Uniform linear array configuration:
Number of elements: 12
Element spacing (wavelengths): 0.5
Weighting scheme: cosine
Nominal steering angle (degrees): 45
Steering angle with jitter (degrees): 45.741
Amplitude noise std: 0.05
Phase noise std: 0.05

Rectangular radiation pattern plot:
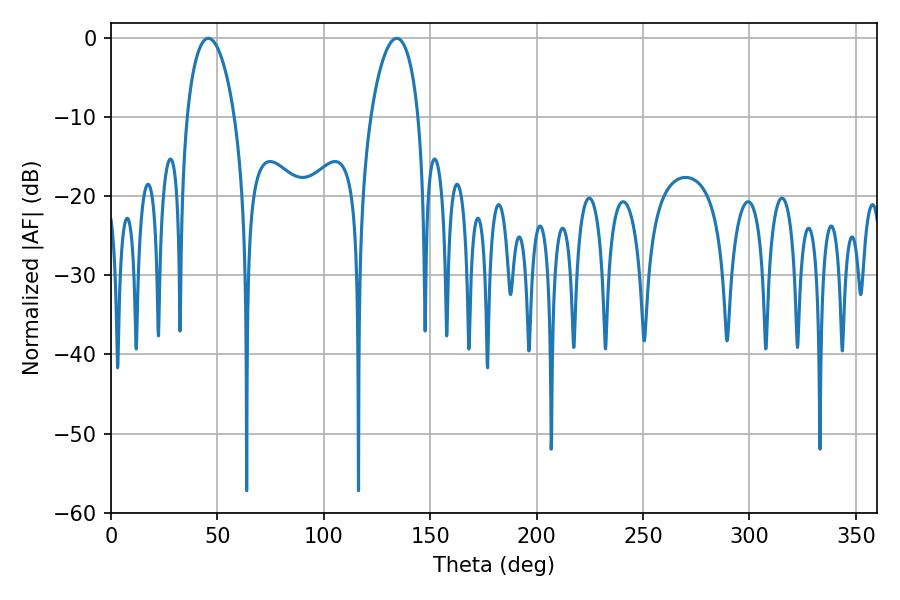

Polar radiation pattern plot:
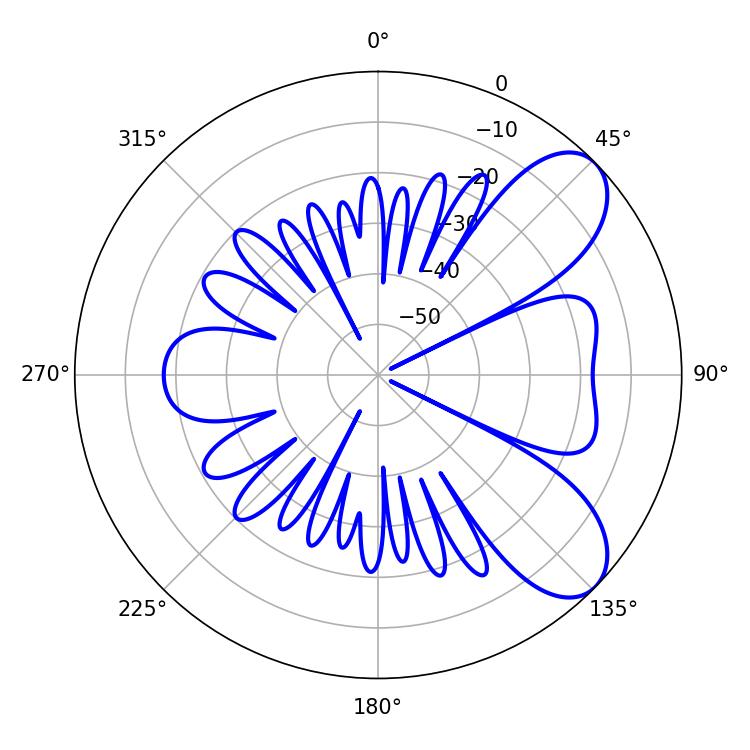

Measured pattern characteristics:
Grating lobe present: FALSE
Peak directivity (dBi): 7.636
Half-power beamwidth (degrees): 12.78
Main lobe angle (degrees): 134.28